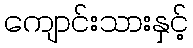
ကျောင်းသားနှင့်